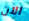
الآن